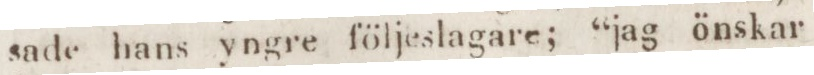
sade hans yngre följeslagare; “jag önskar